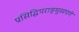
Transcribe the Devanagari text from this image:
प्रसिद्धिपराङ्‌मुखपणे